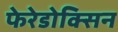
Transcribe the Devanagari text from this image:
फेरेडोक्सिन